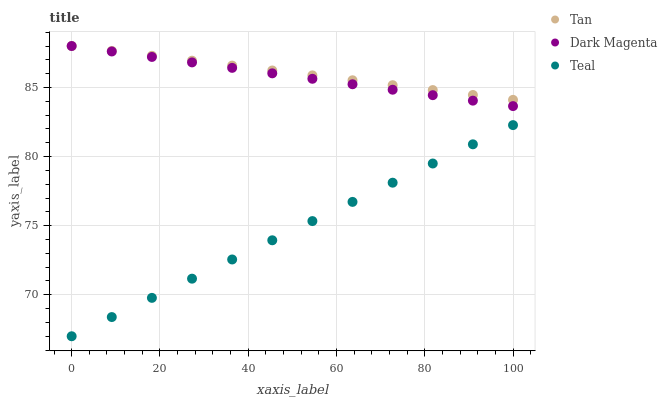
| xaxis_label | Tan | Dark Magenta | Teal |
 | --- | --- | --- | --- |
 | 0 | 88 | 88 | 67 |
 | 9.09 | 87.6 | 87.6 | 68.4 |
 | 18.2 | 87.3 | 87.2 | 69.8 |
 | 27.3 | 86.9 | 86.8 | 71.2 |
 | 36.4 | 86.6 | 86.4 | 72.6 |
 | 45.5 | 86.2 | 86 | 73.9 |
 | 54.5 | 85.9 | 85.6 | 75.3 |
 | 63.6 | 85.5 | 85.2 | 76.7 |
 | 72.7 | 85.2 | 84.8 | 78.1 |
 | 81.8 | 84.8 | 84.4 | 79.5 |
 | 90.9 | 84.5 | 84 | 80.9 |
 | 100 | 84.1 | 83.7 | 82.3 |